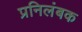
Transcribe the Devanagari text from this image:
प्रनिलंबक